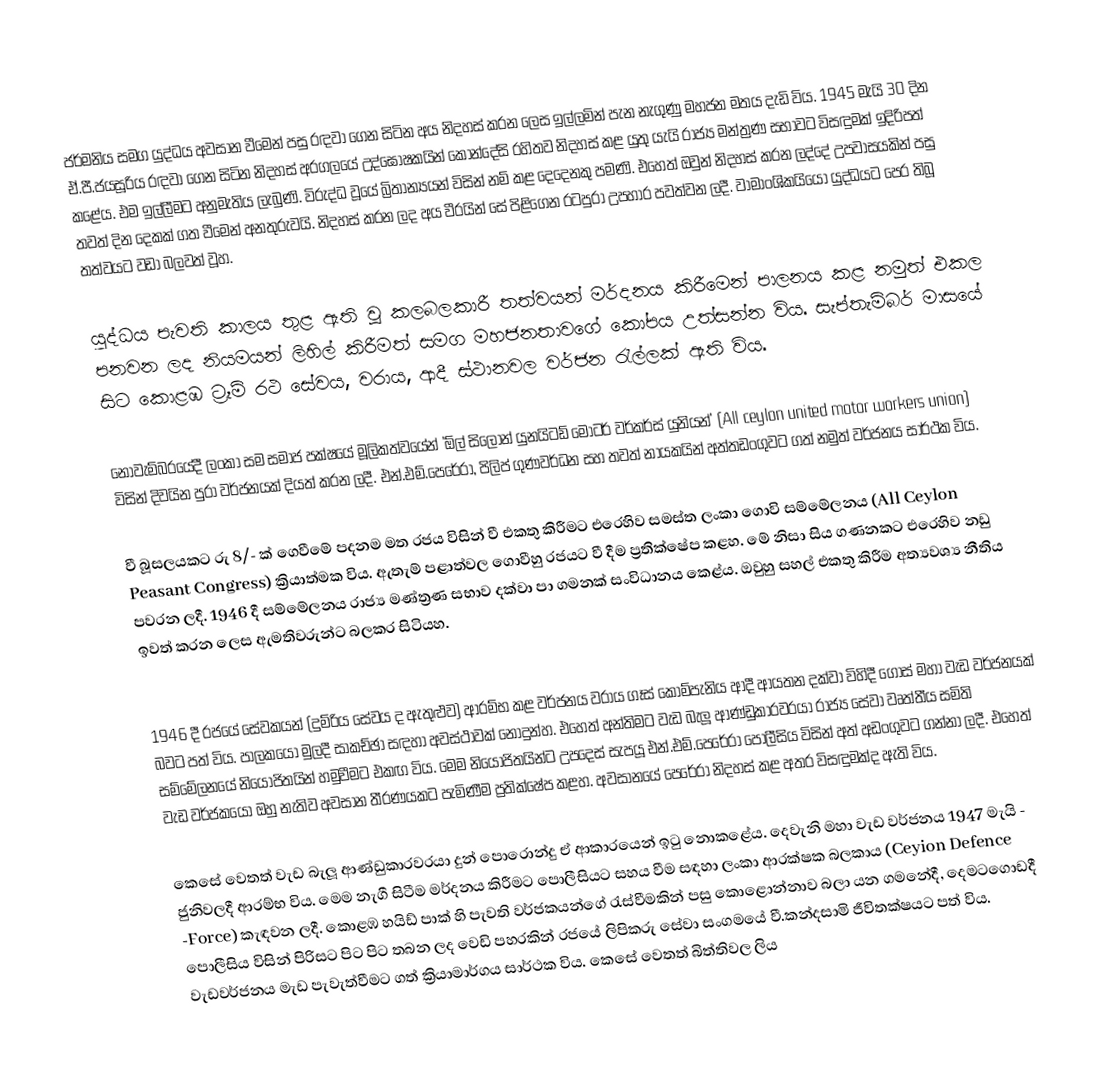
ජර්මනිය සමග යුද්ධය අවසාන වීමෙන් පසු රඳවා ගෙන සිටින අය නිදහස් කරන ලෙස ඉල්ලමින් පැන නැගුණු මහජන මතය දැඩි විය. 1945 මැයි 30 දින ඒ.පී.ජයසූරිය රඳවා ගෙන සිටින නිදහස් අරගලයේ උද්ඝෝෂකයින් කොන්දේසි රහිතව නිදහස් කළ යුතු යැයි රාජ්‍ය මන්ත්‍රණ සභාවට විසඳුමක් ඉදිරිපත් කළේය. එම ඉල්ලීමට අනුමැතිය ලැබුණි. විරුද්ධ වූයේ බ්‍රිතාන්‍යයන් විසින් නම් කළ දෙදෙනකු පමණි. එහෙත් ඔවුන් නිදහස් කරන ලද්දේ උපවාසයකින් පසු තවත් දින දෙකක් ගත වීමෙන් අනතුරුවයි. නිදහස් කරන ලද අය වීරයින් සේ පිළිගෙන රටපුරා උපහාර පවත්වන ලදී. වාමාංශිකයියෝ යුද්ධයට පෙර තිබූ තත්වයට වඩා බලවත් වූහ.

යුද්ධය පැවති කාලය තුළ ඇති වූ කලබලකාරී තත්වයන්  මර්දනය කිරීමෙන් පාලනය කළ නමුත් එකල පනවන ලද නියමයන් ලිහිල් කිරීමත් සමග මහජනතාවගේ කෝපය උත්සන්න විය. සැප්තැම්බර් මාසයේ සිට කොළඹ ට්‍රෑම් රථ සේවය, වරාය, ආදී ස්ථානවල වර්ජන රැල්ලක් ඇති විය.

නොවැම්බරයේදී ලංකා සම සමාජ පක්ෂයේ මූලිකත්වයේන් 'ඕල් සිලොන් යුනයිටඩ් මෝටර් වර්කර්ස් යුනියන්' (All ceylon united motor workers union) විසින් දිවයින පුරා වර්ජනයක් දියත් කරන ලදී. එන්.එම්.පෙරේරා, පිලිප් ගුණවර්ධන සහ තවත් නායකයින් අත්තඩංගුවට ගත් නමුත් වර්ජනය සාර්ථක විය.

වී බූසලයකට රු 8/- ක් ගෙවීමේ පදනම මත රජය විසින් වී එකතු කිරීමට එරෙහිව සමස්ත ලංකා ගොවි සම්මේලනය (All Ceylon Peasant Congress) ක්‍රියාත්මක විය. ඇතැම් පළාත්වල ගොවීහු රජයට වී දීම ප්‍රතික්ෂේප කළහ. මේ නිසා සිය ගණනකට එරෙහිව නඩු පවරන ලදී. 1946 දී සම්මේලනය රාජ්‍ය මණ්ත්‍රණ සභාව දක්වා පා ගමනක් සංවිධානය ක‍ෙළ්ය. ඔවුහු සහල් එකතු කිරීම අත්‍යවශ්‍ය නීතිය ඉවත් කරන ලෙස ඇමතිවරුන්ට බලකර සිටියහ.

1946 දී රජයේ සේවකයන් (දුම්රිය සේවය ද ඇතුළුව) ආරම්භ කළ වර්ජනය වරාය ගෑස් කොම්පැනිය ආදී ආයතන දක්වා විහිදී ගොස් මහා වැඩ වර්ජනයක් බවට පත් විය. පාලකයෝ මුලදී සාකච්ඡා සඳහා අවස්ථාවක් නොදුන්හ. එහෙත් අන්තිමට වැඩ බැලූ ආණ්ඩුකාරවරයා රාජ්‍ය සේවා වෘත්තීය සමිති සම්මේලනයේ නියෝජිතයින් හමුවීමට එකඟ විය. මෙම නියෝජිතයින්ට උපදෙස් සැපයූ එන්.එම්.පෙරේරා පොලීසිය විසින් අත් අඩංගුවට ගන්නා ලදී. එහෙත් වැඩ වර්ජකයෝ ඔහු නැතිව අවසාන තීරණයකට පැමිණීම ප්‍රතික්ෂේප කළහ. අවසානයේ පෙරේරා නිදහස් කළ අතර විසඳුමක්ද ඇති විය.

කෙසේ වෙතත් වැඩ බැලූ ආණ්ඩුකාරවරයා දුන් පොරොන්දු ඒ ආකාරයෙන් ඉටු නොකළේය. දෙවැනි මහා වැඩ වර්ජනය 1947 මැයි - ජුනිවලදී  ආරම්භ විය. මෙම නැගී සිටීම මර්දනය කිරීමට පොලීසියට සහය වීම සඳහා ලංකා ආරක්ෂක බලකාය (Ceyion Defence -Force) කැඳවන ලදී. කොළඹ හයිඩ් පාක් හි පැවති වර්ජකයන්ගේ රැස්වීමකින් පසු කොළොන්නාව බලා යන ගමනේදී, දෙමටගොඩදී පොලීසිය විසින් පිරිසට පිට පිට තබන ලද වෙඩි පහරකින් රජයේ ලිපිකරු සේවා සංගමයේ වී.කන්දසාමි ජීවිතක්ෂයට පත් විය. වැඩවර්ජනය මැඩ පැවැත්වීමට ගත් ක්‍රියාමාර්ගය සාර්ථක විය. කෙසේ වෙතත් බිත්තිවල ලිය